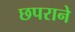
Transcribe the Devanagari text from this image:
छपराने